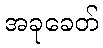
အခုခေတ်